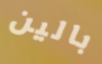
بالين